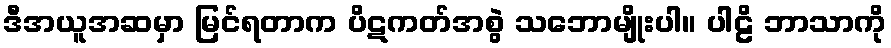
ဒီအယူအဆမှာ မြင်ရတာက ပိဋကတ်အစွဲ သဘောမျိုးပါ။ ပါဠိ ဘာသာကို